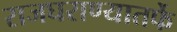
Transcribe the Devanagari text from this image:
राजघराण्यातर्फे